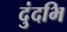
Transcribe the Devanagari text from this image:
दुंदभि